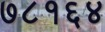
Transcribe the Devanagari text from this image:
७८१६४